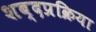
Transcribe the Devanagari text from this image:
शब्दप्रक्रिया